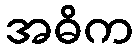
အဓိက